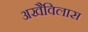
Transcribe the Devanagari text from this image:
अखैविलास